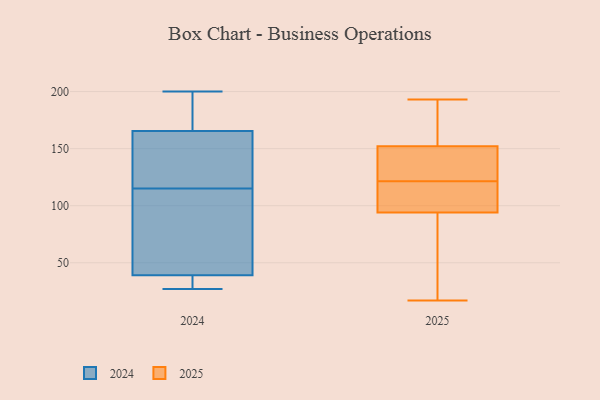
{"axis": {"x": "Shipments", "y": "Value"}, "legend": ["2024", "2025"], "data": [{"x": "", "y": 193, "type": "2025"}, {"x": "", "y": 101, "type": "2025"}, {"x": "", "y": 163, "type": "2025"}, {"x": "", "y": 124, "type": "2025"}, {"x": "", "y": 138, "type": "2025"}, {"x": "", "y": 166, "type": "2025"}, {"x": "", "y": 119, "type": "2025"}, {"x": "", "y": 152, "type": "2025"}, {"x": "", "y": 17, "type": "2025"}, {"x": "", "y": 96, "type": "2025"}, {"x": "", "y": 94, "type": "2025"}, {"x": "", "y": 80, "type": "2025"}, {"x": "", "y": 144, "type": "2025"}, {"x": "", "y": 90, "type": "2025"}, {"x": "", "y": 27, "type": "2024"}, {"x": "", "y": 108, "type": "2024"}, {"x": "", "y": 48, "type": "2024"}, {"x": "", "y": 27, "type": "2024"}, {"x": "", "y": 168, "type": "2024"}, {"x": "", "y": 122, "type": "2024"}, {"x": "", "y": 100, "type": "2024"}, {"x": "", "y": 185, "type": "2024"}, {"x": "", "y": 163, "type": "2024"}, {"x": "", "y": 133, "type": "2024"}, {"x": "", "y": 30, "type": "2024"}, {"x": "", "y": 200, "type": "2024"}]}